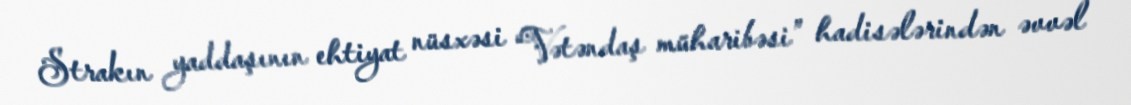
Strakın yaddaşının ehtiyat nüsxəsi “Vətəndaş müharibəsi” hadisələrindən əvvəl